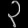
Digit: ၃